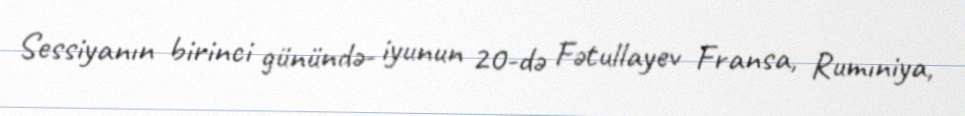
Sessiyanın birinci günündə- iyunun 20-də Fətullayev Fransa, Rumıniya,